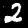
Digit: 2